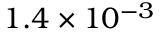
1 . 4 \times 1 0 ^ { - 3 }